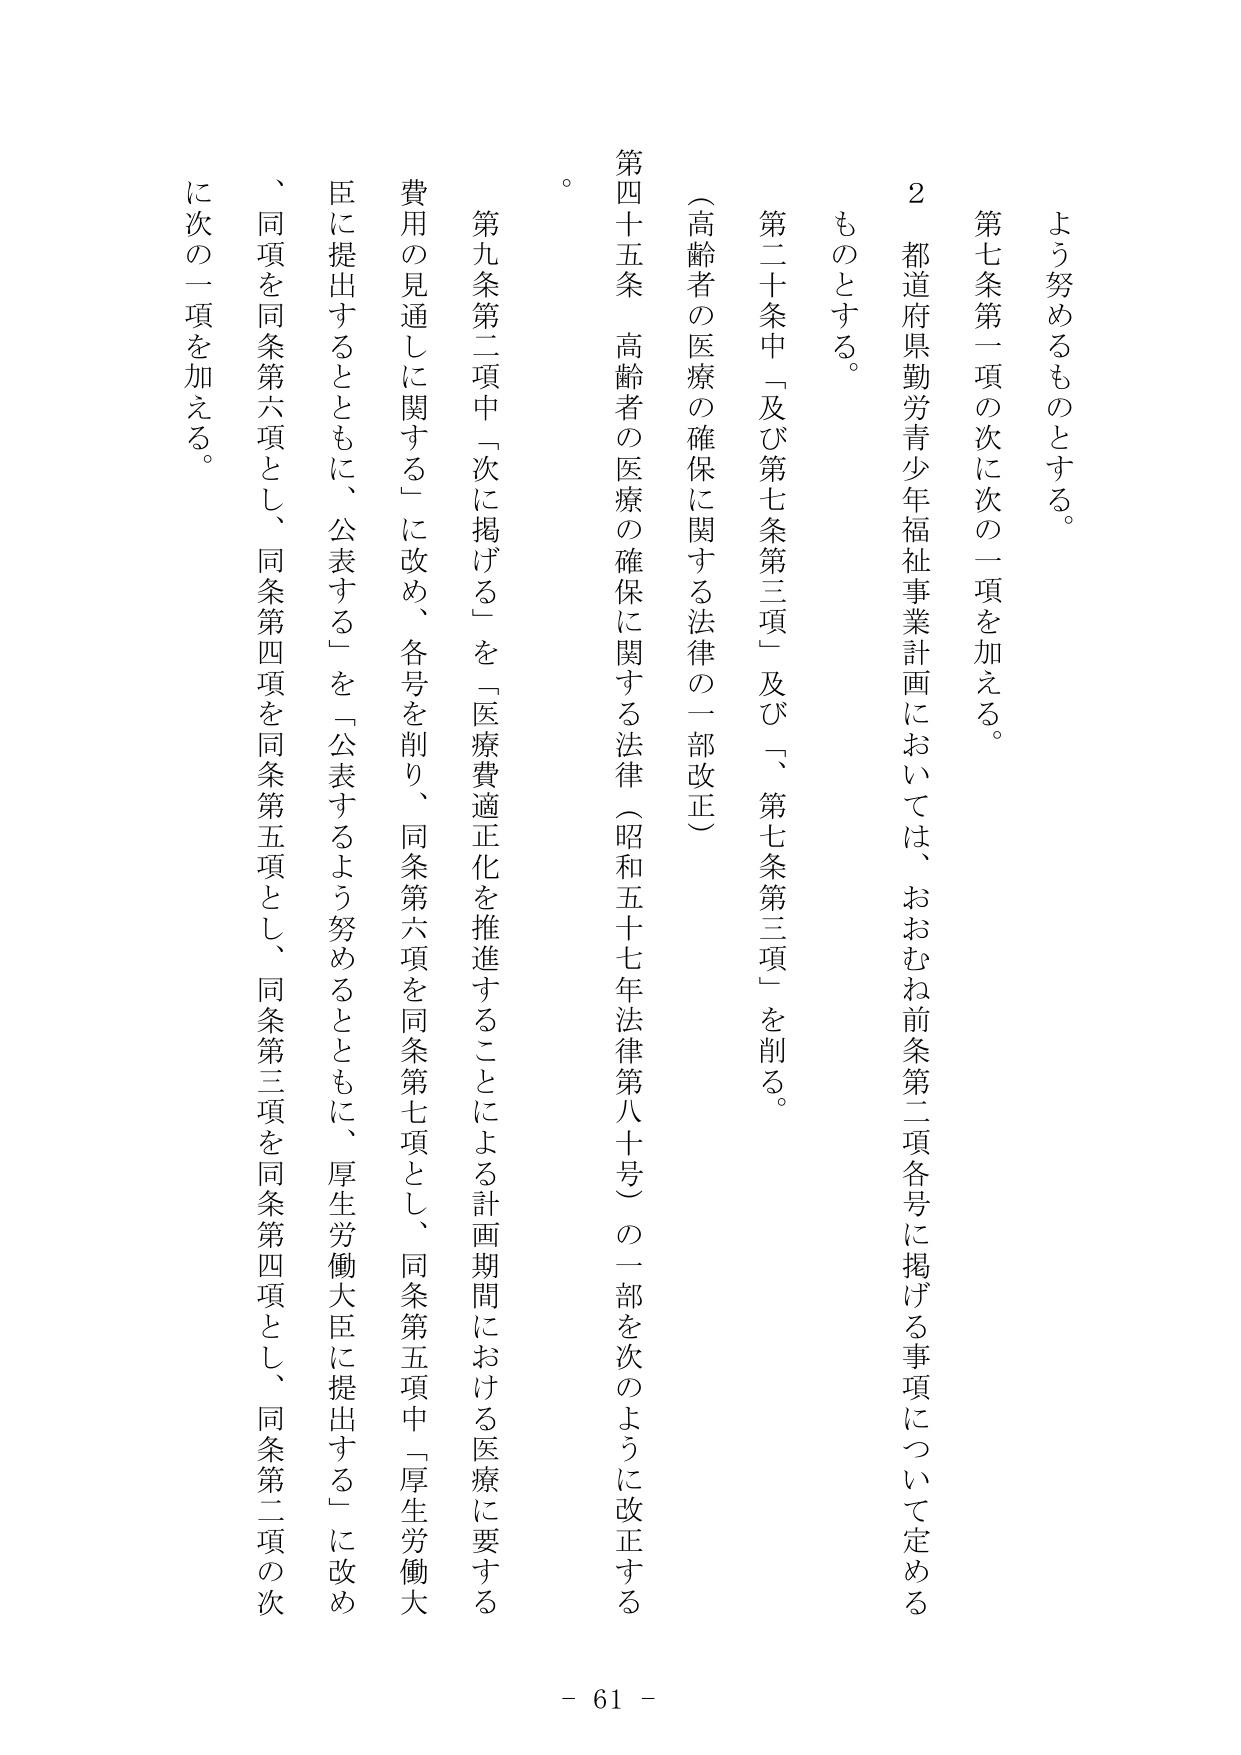
よう努めるものとする。

第七条第一項の次に次の一項を加える。

２ 都道府県勤労青少年福祉事業計画においては、おおむね前条第二項各号に掲げる事項について定めるものとする。

第二十条中「及び第七条第三項」及び「、第七条第三項」を削る。

（高齢者の医療の確保に関する法律の一部改正）

第四十五条 高齢者の医療の確保に関する法律（昭和五十七年法律第八十号）の一部を次のように改正する。

第九条第二項中「次に掲げる」を「医療費適正化を推進することによる計画期間における医療に要する費用の見通しに関する」に改め、各号を削り、同条第六項を同条第七項とし、同条第五項中「厚生労働大臣に提出する」ともに、公表する」を「公表するよう努めるとともに、厚生労働大臣に提出する」に改め、同項を同条第六項とし、同条第四項を同条第五項とし、同条第三項を同条第四項とし、同条第二項の次に次の一項を加える。

- 61 -